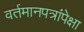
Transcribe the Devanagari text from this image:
वर्तमानपत्रांपेक्षा